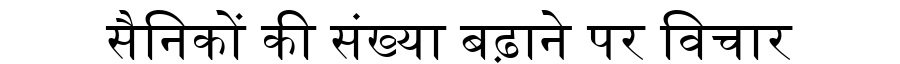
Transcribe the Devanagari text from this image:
सैनिकों की संख्या बढ़ाने पर विचार